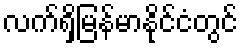
လက်ရှိမြန်မာနိုင်ငံတွင်